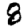
Digit: 8